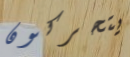
يتحركون